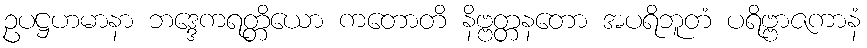
ဥပဋ္ဌဟမာနာ ဘဒ္ဒေကရတ္တိယော ကတောတိ နိဗ္ဗတ္တနတော အပရိဘူတံ ပရိဗ္ဗာဇကာနံ